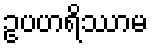
ဥပဟရိဿာမ